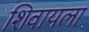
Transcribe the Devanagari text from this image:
शिवायला